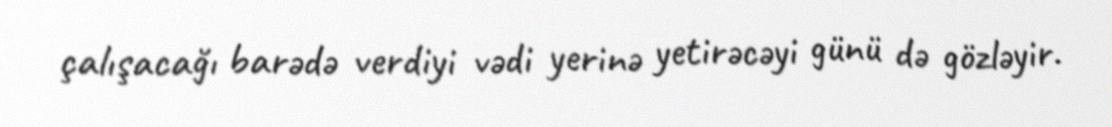
çalışacağı barədə verdiyi vədi yerinə yetirəcəyi günü də gözləyir.